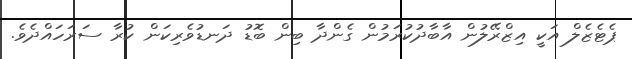
ޕެޓެޒެލް އަކީ އިޒްރޭލުން އާބާދުކުރަމުން ގެންދާ ބިން ބޮޑު ދަނޑުވެރިކަން ކުރާ ސަރަހައްދެވެ.